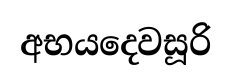
අභයදෙවසූරි